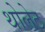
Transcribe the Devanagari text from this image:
थोलेट